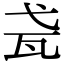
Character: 𤬩